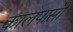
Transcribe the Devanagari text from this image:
कालपासी